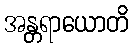
အန္တရာယောတိ